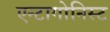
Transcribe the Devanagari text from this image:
एन्टागोनिस्ट